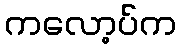
ကလော့ပ်က